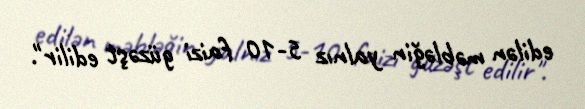
edilən məbləğin yalnız 5-10 faizi güzəşt edilir".